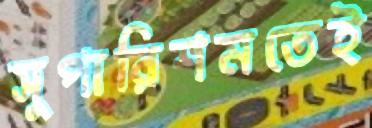
সুপারিশমতেই